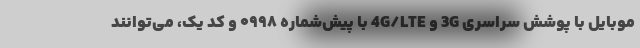
موبایل با پوشش سراسری 3G و 4G/LTE با پیش‌شماره ۰۹۹۸ و کد یک، می‌توانند